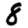
Digit: 8